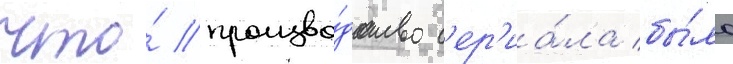
что́ произво́дство с'ер'иа́ла бы́ло